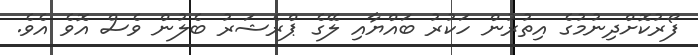
ފޯރުކޮށްދިނުމުގެ އިތުރުން ހަކުރު ބައްޔާއި ލޭގެ ޕްރެޝަރު ބެލުން ވެސް އޮވެ އެވެ.